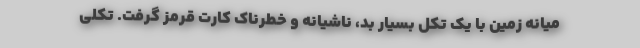
میانه زمین با یک تکل بسیار بد، ناشیانه و خطرناک کارت قرمز گرفت. تکلی